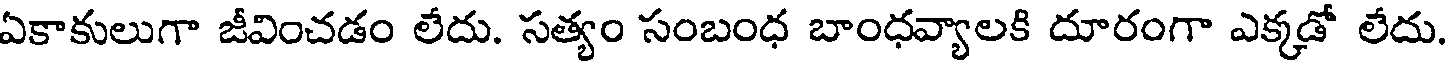
ఏకాకులుగా జీవించడం లేదు. సత్యం సంబంధ బాంధవ్యాలకి దూరంగా ఎక్కడో లేదు